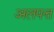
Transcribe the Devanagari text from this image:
अलपत्त